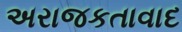
અરાજકતાવાદ